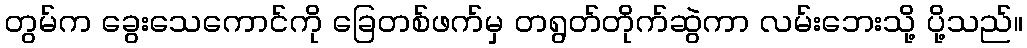
တွမ်က ခွေးသေကောင်ကို ခြေတစ်ဖက်မှ တရွတ်တိုက်ဆွဲကာ လမ်းဘေးသို့ ပို့သည်။